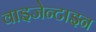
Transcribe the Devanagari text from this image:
वाइजेन्टाइन